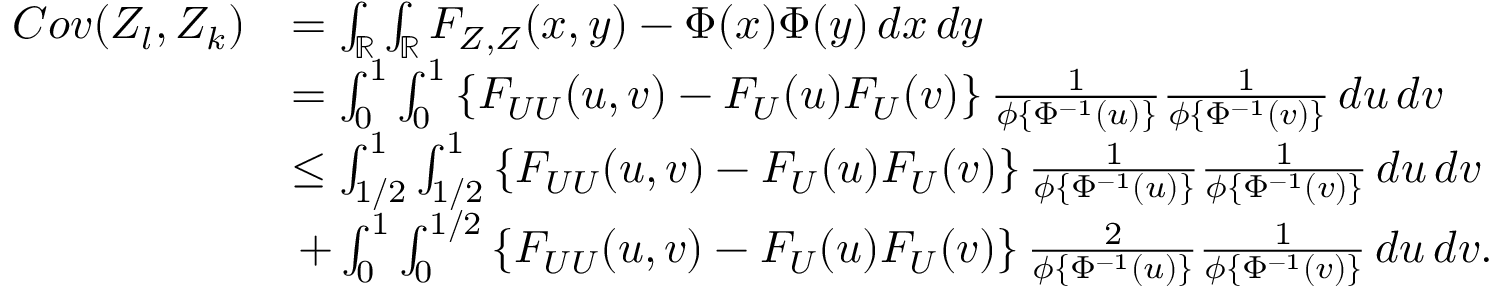
\begin{array} { r l } { C o v ( Z _ { l } , Z _ { k } ) } & { = \int _ { \mathbb { R } } \int _ { \mathbb { R } } F _ { Z , Z } ( x , y ) - \Phi ( x ) \Phi ( y ) \, d x \, d y } \\ & { = \int _ { 0 } ^ { 1 } \int _ { 0 } ^ { 1 } \left\{ F _ { U U } ( u , v ) - F _ { U } ( u ) F _ { U } ( v ) \right\} \frac { 1 } { \phi \{ \Phi ^ { - 1 } ( u ) \} } \frac { 1 } { \phi \{ \Phi ^ { - 1 } ( v ) \} } \, d u \, d v } \\ & { \leq \int _ { 1 / 2 } ^ { 1 } \int _ { 1 / 2 } ^ { 1 } \left\{ F _ { U U } ( u , v ) - F _ { U } ( u ) F _ { U } ( v ) \right\} \frac { 1 } { \phi \{ \Phi ^ { - 1 } ( u ) \} } \frac { 1 } { \phi \{ \Phi ^ { - 1 } ( v ) \} } \, d u \, d v } \\ & { \, + \int _ { 0 } ^ { 1 } \int _ { 0 } ^ { 1 / 2 } \left\{ F _ { U U } ( u , v ) - F _ { U } ( u ) F _ { U } ( v ) \right\} \frac { 2 } { \phi \{ \Phi ^ { - 1 } ( u ) \} } \frac { 1 } { \phi \{ \Phi ^ { - 1 } ( v ) \} } \, d u \, d v . } \end{array}